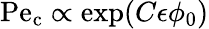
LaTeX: \mathrm{Pe}_{\mathrm{c}}\propto\exp(C\epsilon\phi_{0})